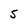
Character: S